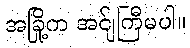
အခြို့က အင်ျကြီမပါ။